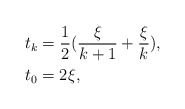
\begin{align*} t_{k} &= \frac{1}{2}(\frac{\xi}{k+1}+\frac{\xi}{k}), \\ t_0&= 2 \xi, \end{align*}